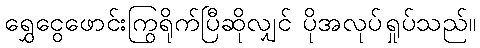
ရွှေငွေဖောင်းကြွရိုက်ပြီဆိုလျှင် ပိုအလုပ်ရှုပ်သည်။